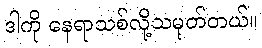
ဒါကို နေရာသစ်လို့သမုတ်တယ်။